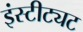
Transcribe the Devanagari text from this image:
इंस्टीट्यट